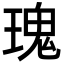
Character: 瑰